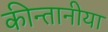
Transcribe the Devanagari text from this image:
कीन्तानीया